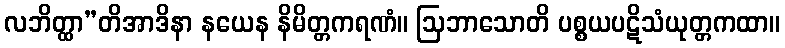
လဘိတ္ထာ”တိအာဒိနာ နယေန နိမိတ္တကရဏံ။ ဩဘာသောတိ ပစ္စယပဋိသံယုတ္တကထာ။